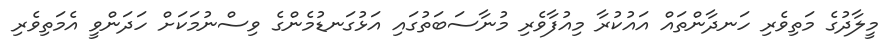
މީލާދުގެ މަތިވެރި ހަނދާންތައް އައުކުރާ މިއުފާވެރި މުނާސަބަތުގައި އަޅުގަނޑުމެންގެ ވިސްނުމަކަށް ހަދަންވީ އެމަތިވެރި